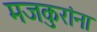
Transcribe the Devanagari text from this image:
मजकुरांना